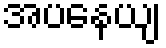
အပနေယျ